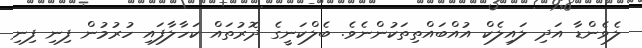
ލެވެންޑާ އަދި ލައިލެކް އުއްބައްތިތަކުންނެވެ. ބެލްކަނީގެ ދޮރުތައް ކަހާލާފައި ހުރުމުން ފިނި ފިނި